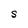
Character: S